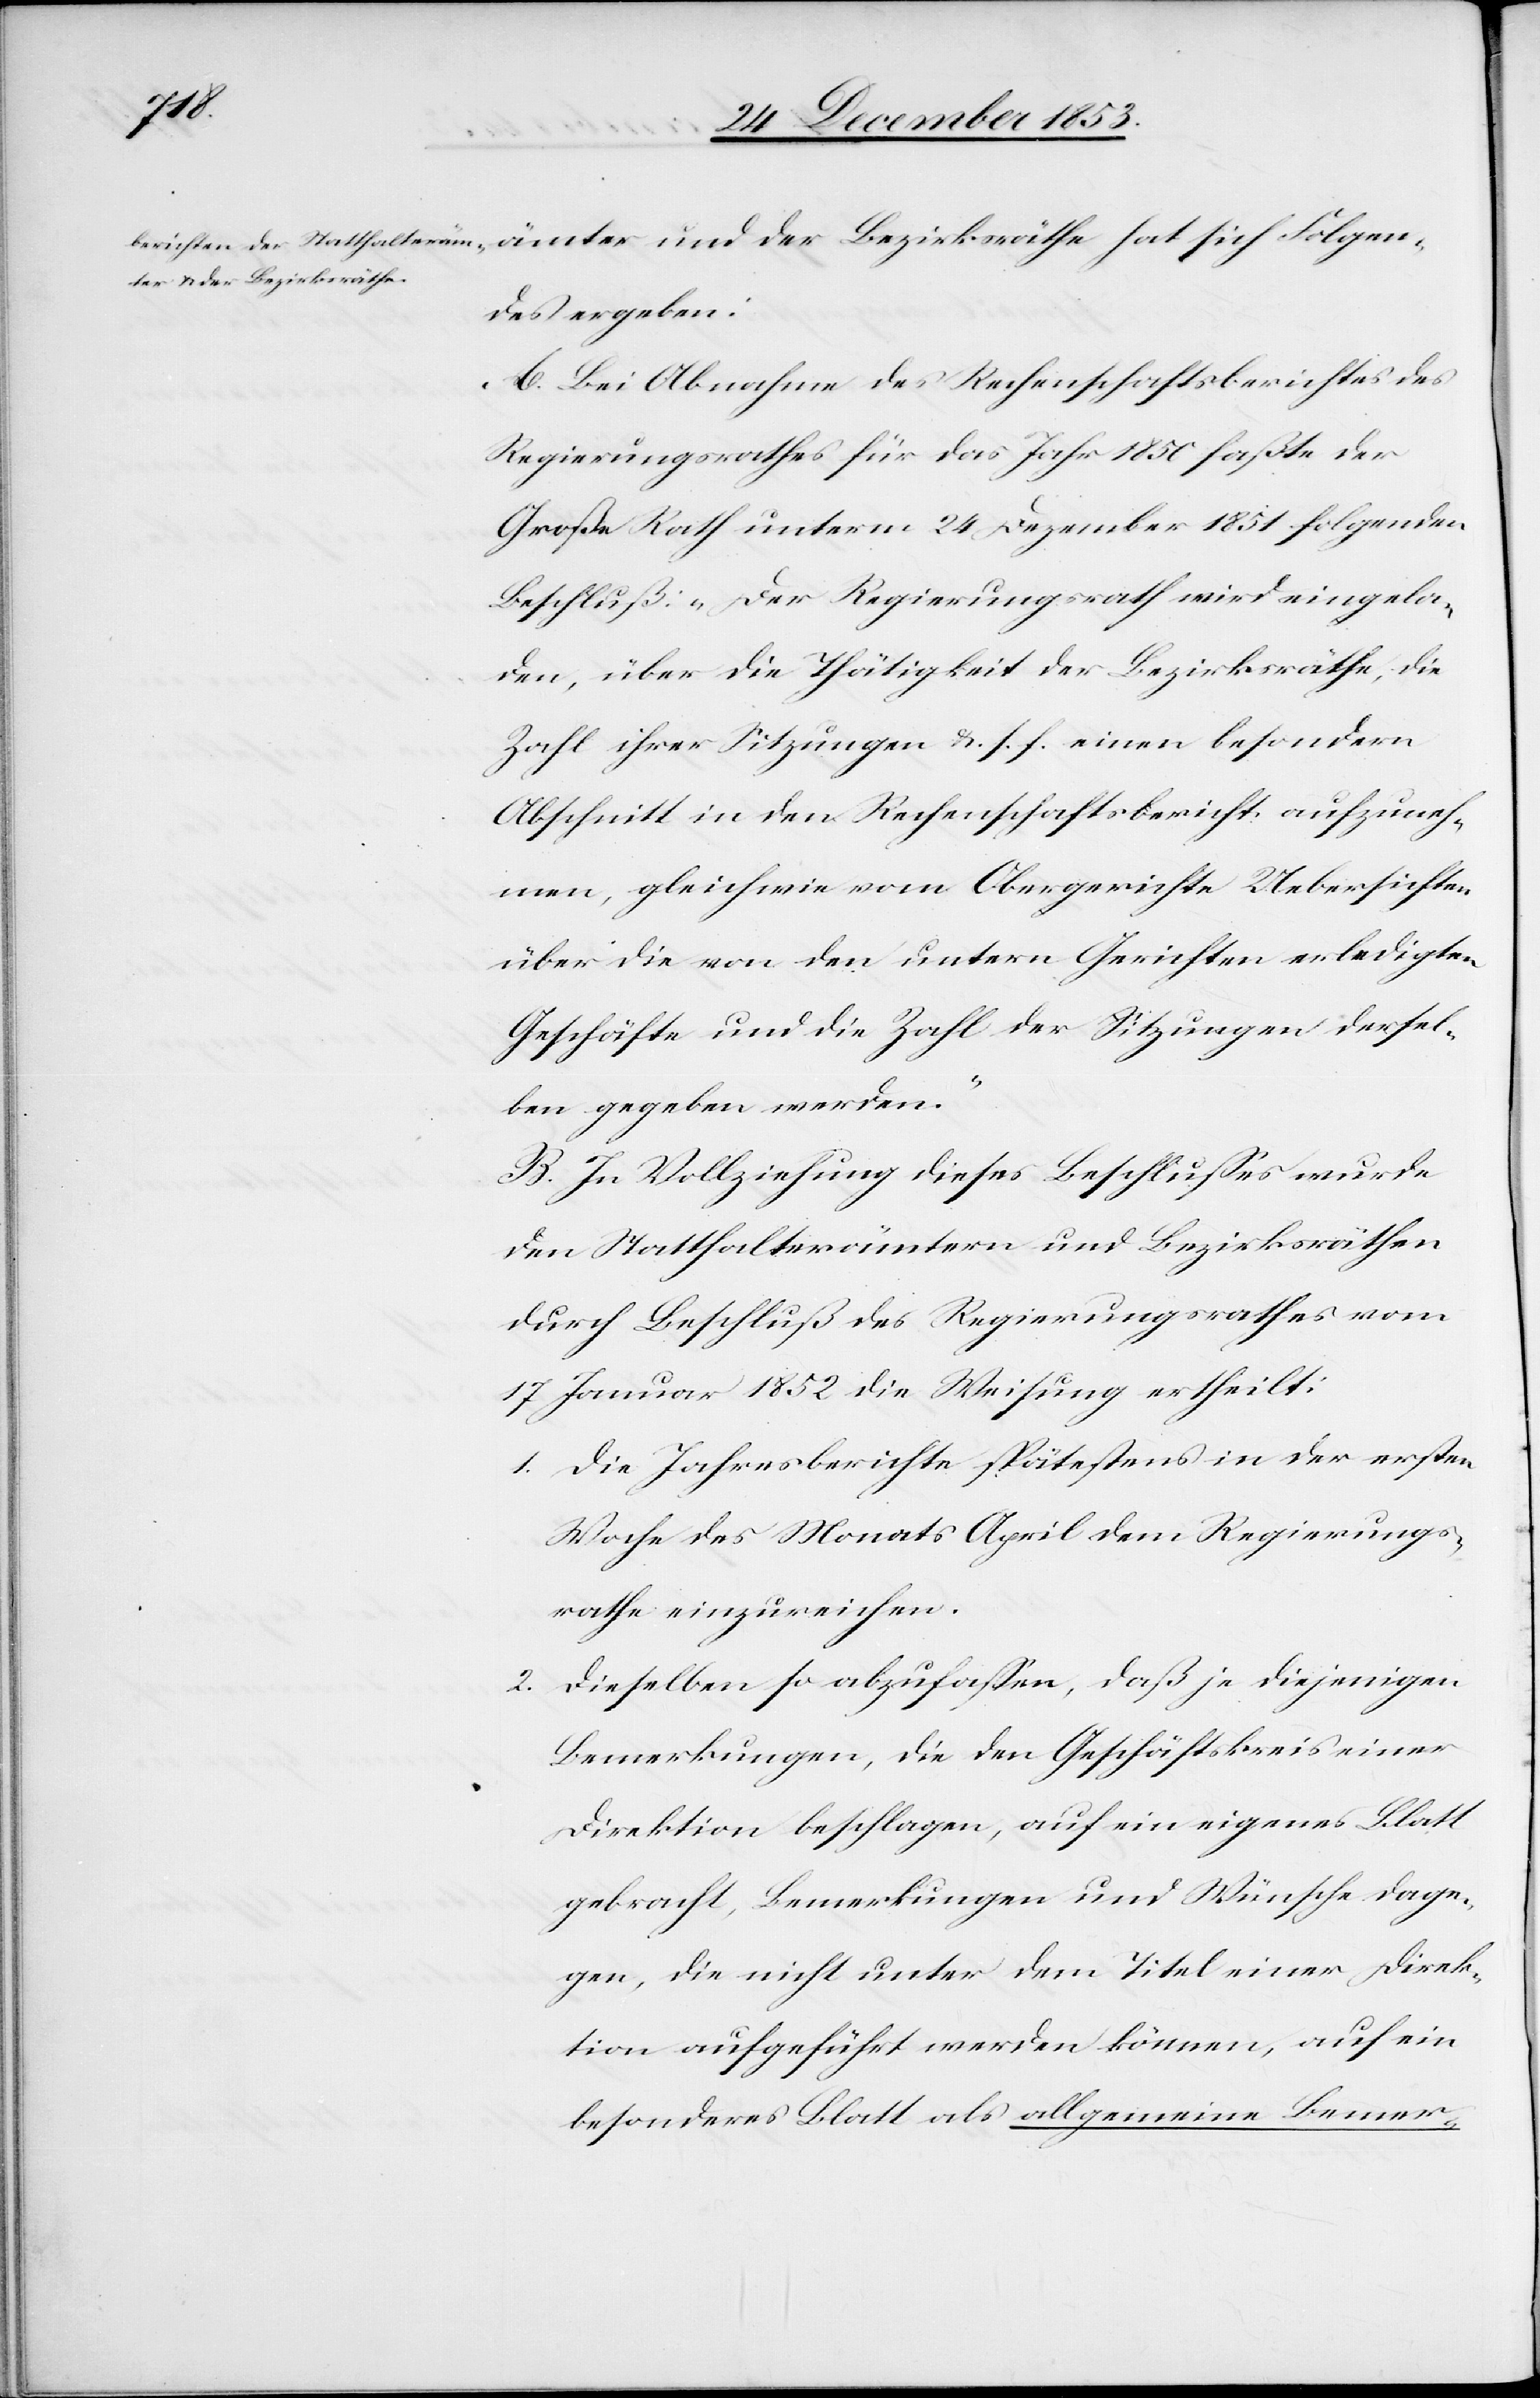
Folgen¬
ter und der Bezirksräthe
des ergeben:
A. Bei Abnahme des Rechenschaftsberichtes des
Regierungsrathes für das Jahr 1850 faßte der
Große Rath unterm 24 Dezember 1851 folgenden
Beschluß: „Der Regierungsrath wird eingela¬
den, über die Thätigkeit der Bezirksräthe, die
Zahl ihrer Sitzungen u. s. f. einen besondern
Abschnitt in den Rechenschaftsbericht aufzuneh¬
men, gleichwie vom Obergerichte Uebersichten
über die von den untern Gerichten erledigten
Geschäfte und die Zahl der Sitzungen dersel¬
ben gegeben werden.“
B. In Vollziehung dieses Beschlußes wurde
den Statthalterämtern und Bezirksräthen
durch Beschluß des Regierungsrathes vom
17 Januar 1852 die Weisung ertheilt:
1. Die Jahresberichte spätestens in der ersten
Woche des Monats April dem Regierungs¬
rath einzureichen.
2. Dieselben so abzufaßen, daß je diejenigen
Bemerkungen, die den Geschäftskreis einer
Direktion beschlagen, auf ein eigenes Blatt
gebracht, Bemerkungen und Wünsche dage¬
gen, die nicht unter dem Titel einer Direk¬
tion aufgeführt werden können, auf ein
besonderes Blatt als allgemeine Bemer-